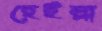
হেইল্লা